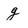
Character: g